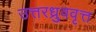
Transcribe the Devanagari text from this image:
उत्तरध्रुववृत्त